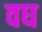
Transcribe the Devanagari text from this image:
वघ